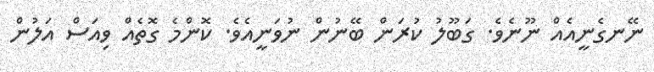
ނޭނގެނީއެއް ނޫނެވެ. ގަބޫލު ކުރަން ބޭނުން ނުވަނީއެވެ. ކޮންމެ ގޮތެއް ވިއަސް އަލުން